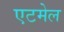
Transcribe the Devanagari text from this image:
एटमेल